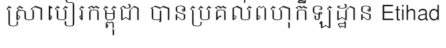
ស្រាបៀរកម្ពុជា បានប្រគល់ពហុកីឡដ្ឋាន Etihad